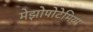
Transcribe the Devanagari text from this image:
मेझोपोटेमिया